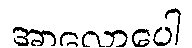
အာလောပေါ